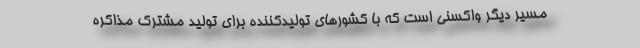
مسیر دیگر واکسنی است که با کشورهای تولیدکننده برای تولید مشترک مذاکره